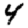
Digit: 4